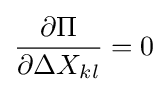
{\frac {\partial \Pi }{\partial \Delta X_{kl}}}=0